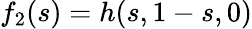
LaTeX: f_{2}(s)=h(s,1-s,0)